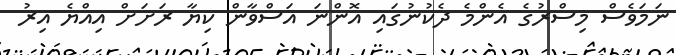
ނަމަވެސް މިސްރުގެ އެންމެ ދެކުނުގައި އޮންނަ އަސްވާން ކިޔާ ރަށަށް އިއްޔެ އިރު